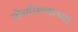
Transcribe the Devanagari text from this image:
पोचविण्याच्या